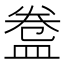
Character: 𥁸